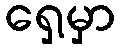
ရှေ့မှာ